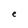
Character: e